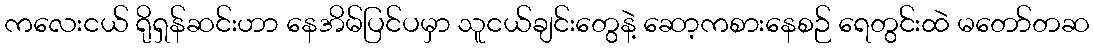
ကလေးငယ် ရိုရှန်ဆင်းဟာ နေအိမ်ပြင်ပမှာ သူငယ်ချင်းတွေနဲ့ ဆော့ကစားနေစဉ် ရေတွင်းထဲ မတော်တဆ